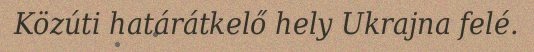
Közúti határátkelő hely Ukrajna felé.